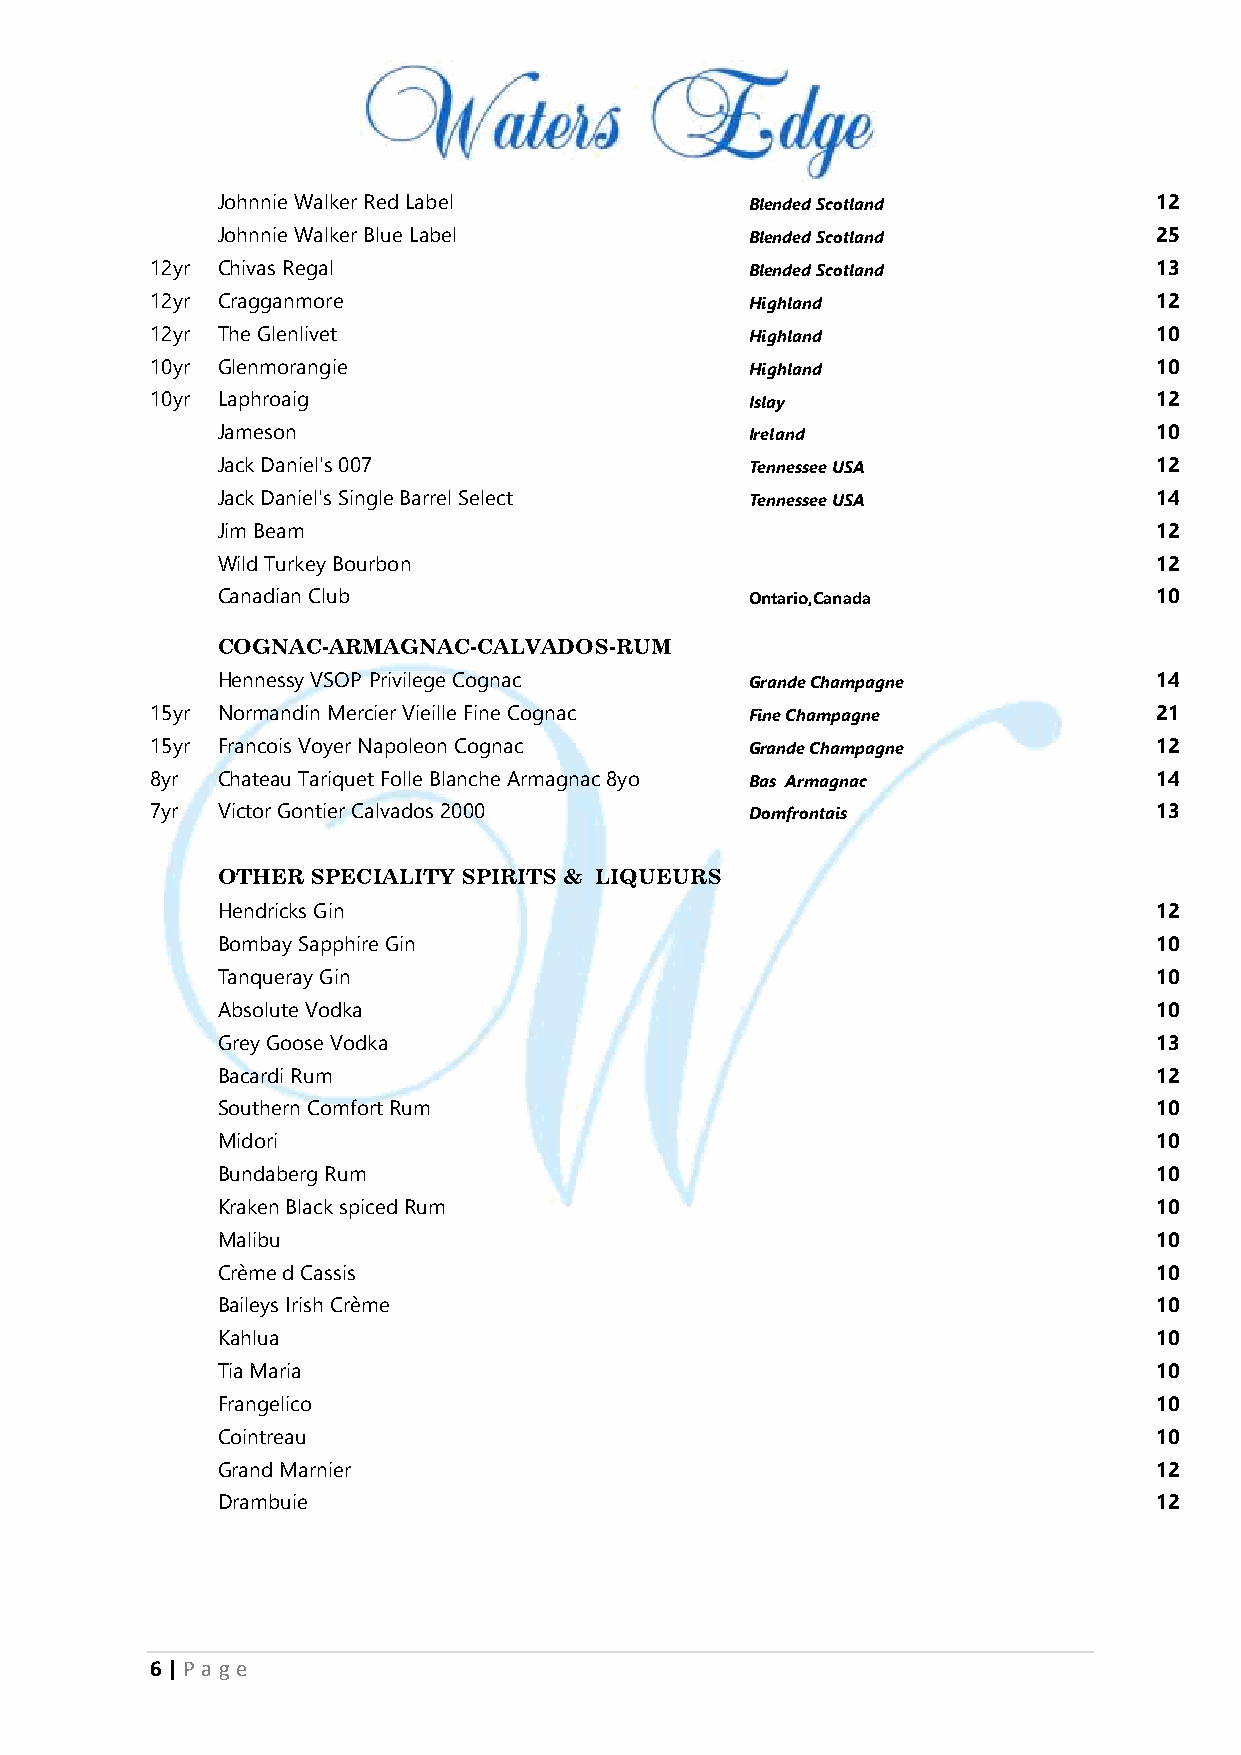
Johnnie Walker Red Label            Blended Scotland          12
 Johnnie Walker Blue Label           Blended Scotland          25
 12yr Chivas Regal                       Blended Scotland          13
 12yr Cragganmore                        Highland                  12
 12yr The Glenlivet                      Highland                  10
 10yr Glenmorangie                       Highland                  10
 10yr Laphroaig                          Islay                     12
 Jameson                             Ireland                   10
 Jack Daniel's 007                   Tennessee USA             12
 Jack Daniel's Single Barrel Select  Tennessee USA             14
 Jim Beam                                                      12
 Wild Turkey Bourbon                                           12
 Canadian Club                       Ontario,Canada            10
 COGNAC-ARMAGNAC-CALVADOS-RUM
 Hennessy VSOP Privilege Cognac      Grande Champagne          14
 15yr Normandin Mercier Vieille Fine Cognac Fine Champagne         21
 15yr Francois Voyer Napoleon Cognac     Grande Champagne          12
 8yr Chateau Tariquet Folle Blanche Armagnac 8yo Bas Armagnac      14
 7yr Victor Gontier Calvados 2000        Domfrontais               13
 OTHER  SPECIALITY SPIRITS & LIQUEURS
 Hendricks Gin                                                 12
 Bombay Sapphire Gin                                           10
 Tanqueray Gin                                                 10
 Absolute Vodka                                                10
 Grey Goose Vodka                                              13
 Bacardi Rum                                                   12
 Southern Comfort Rum                                          10
 Midori                                                        10
 Bundaberg Rum                                                 10
 Kraken Black spiced Rum                                       10
 Malibu                                                        10
 Crème d Cassis                                                10
 Baileys Irish Crème                                           10
 Kahlua                                                        10
 Tia Maria                                                     10
 Frangelico                                                    10
 Cointreau                                                     10
 Grand Marnier                                                 12
 Drambuie                                                      12
 6 | P age